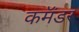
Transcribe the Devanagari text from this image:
कमॅंडर